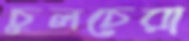
চুলচেরা